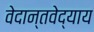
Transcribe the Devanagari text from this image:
वेदान्तवेद्याय